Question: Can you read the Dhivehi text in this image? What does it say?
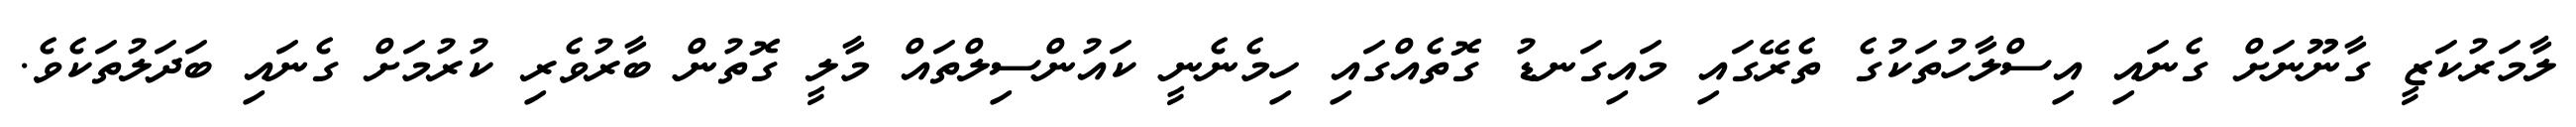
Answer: ލާމަރުކަޒީ ގާނޫނަށް ގެނައި އިސްލާހުތަކުގެ ތެރޭގައި މައިގަނޑު ގޮތެއްގައި ހިމެނެނީ ކައުންސިލްތައް މާލީ ގޮތުން ބާރުވެރި ކުރުމަށް ގެނައި ބަދަލުތަކެވެ.